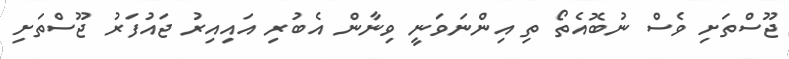
ޖޫސްތަށި ވެސް ނުބޮއެތޯ ތި އިންނަވަނީ ވިނާން އެބުރި އައިއިރު ޖައުފަރު ޖޫސްތަށި